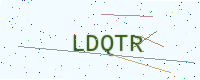
Text: LDQTR